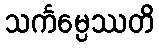
သင်္ကမ္ပေဿတိ